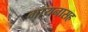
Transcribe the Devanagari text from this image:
गायनासह